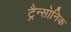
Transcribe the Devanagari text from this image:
ट्रैन्सोनिक